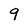
Character: 9